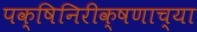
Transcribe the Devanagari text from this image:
पक्षिनिरीक्षणाच्या